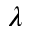
\lambda